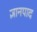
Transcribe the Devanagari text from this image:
ज्ञानपाद